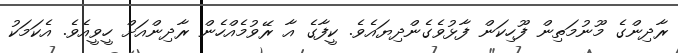
ރާދިންގެ މޫނުމަތިން ފޫހިކަން ފާޅުވެގެންދިޔައެވެ. ކީފާގެ އާ ރޭވުމެއްހެން ރާދިންއަށް ހީވީއެވެ. އެކަމަކު